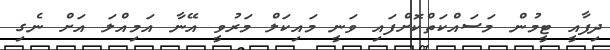
ދިފާއީ ޓީމުން މަސައްކަތްކޮށްފައި ވަނީ މައިކަލް މަރުވީ އޭނާ އަމިއްލަ އަށް ނެގި